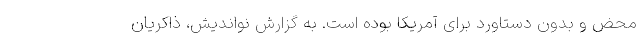
محض و بدون دستاورد برای آمریکا بوده است. به گزارش نواندیش، ذاکریان